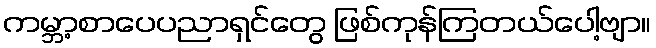
ကမ္ဘာ့စာပေပညာရှင်တွေ ဖြစ်ကုန်ကြတယ်ပေါ့ဗျာ။